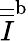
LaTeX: \overline{{\overline{{I}}}}^{\textup{b}}